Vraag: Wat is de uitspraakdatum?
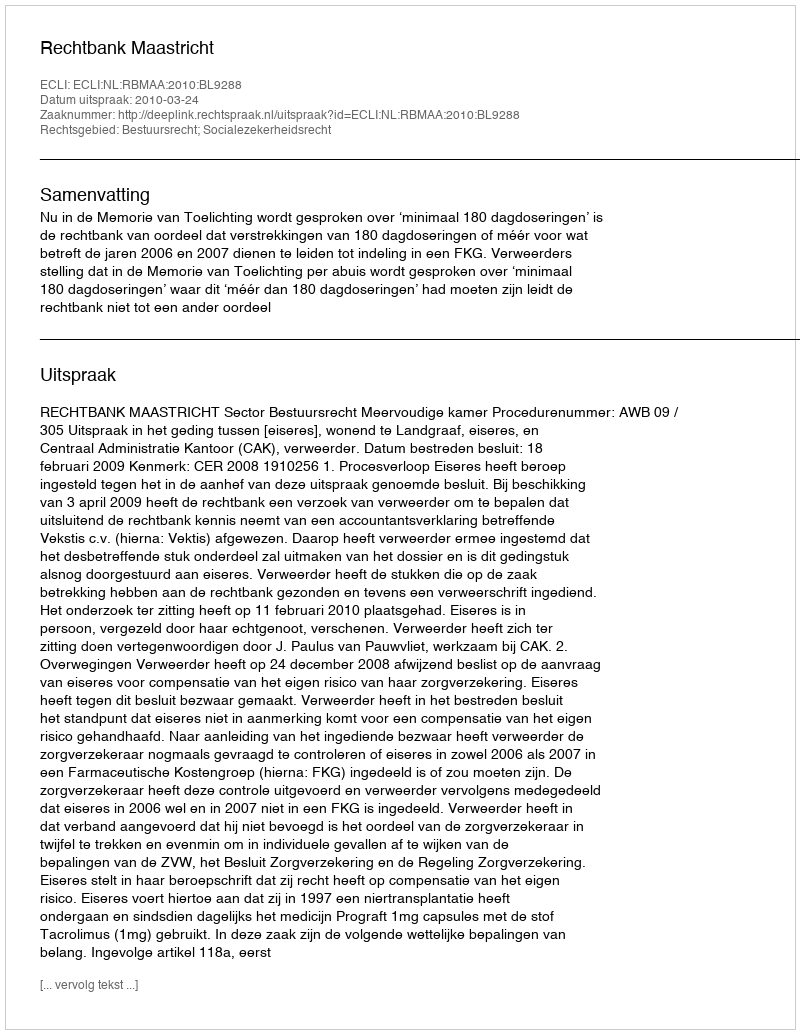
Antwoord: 2010-03-24